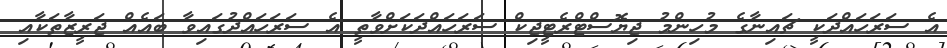
އެ ސަރަހައްދަކީ ޗައިނާގެ މުހިންމު ޖިޔޮސްޓްރެޓީޖިކް ސަރަހައްދަކަށްވާތީ އެ ސަރަހައްދުގައިވާ ބައެއް ޖަރީޒާތަކާއި